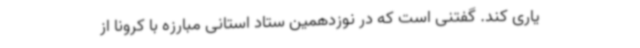
یاری کند. گفتنی است که در نوزدهمین ستاد استانی مبارزه با کرونا از